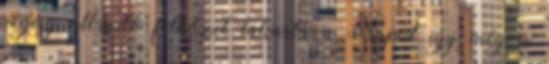
végéig állandó felhőzet takarta a Napot így még a